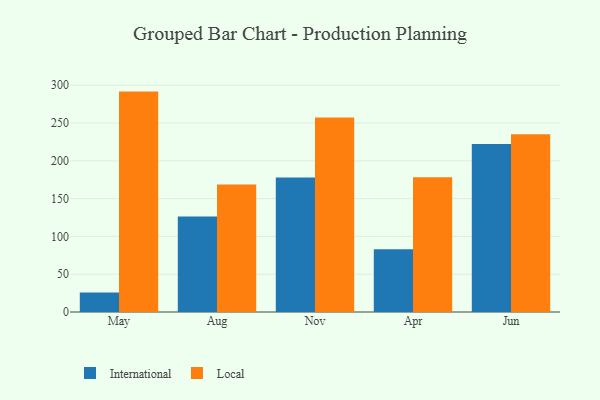
{"axis": {"x": "Month", "y": "Headcount"}, "legend": ["International", "Local"], "data": [{"x": "May", "y": 25.7, "type": "International"}, {"x": "May", "y": 291.6, "type": "Local"}, {"x": "Aug", "y": 126.3, "type": "International"}, {"x": "Aug", "y": 168.8, "type": "Local"}, {"x": "Nov", "y": 178.0, "type": "International"}, {"x": "Nov", "y": 257.2, "type": "Local"}, {"x": "Apr", "y": 83.0, "type": "International"}, {"x": "Apr", "y": 178.2, "type": "Local"}, {"x": "Jun", "y": 222.3, "type": "International"}, {"x": "Jun", "y": 235.1, "type": "Local"}]}